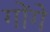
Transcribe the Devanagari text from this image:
गोंगे